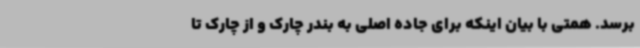
برسد. همتی با بیان اینکه برای جاده اصلی به بندر چارک و از چارک تا